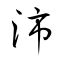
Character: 沛